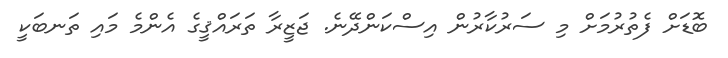
ބޮޑަށް ފެތުރުމަށް މި ސަރުކާރުން އިސްކަންދޭނެ. ޖަޒީރާ ތަރައްޤީގެ އެންމެ މައި ތަނބަކީ